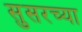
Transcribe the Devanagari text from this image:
सुसरच्या